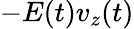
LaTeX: -E(t)v_{z}(t)